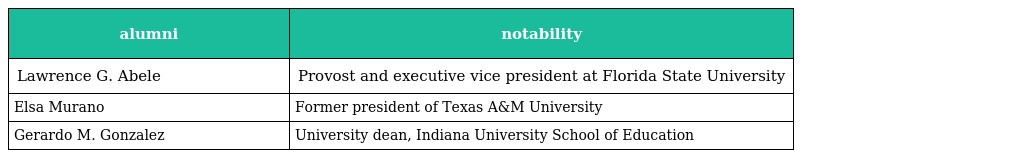
| alumni | notability |
 | --- | --- |
 | Lawrence G. Abele | Provost and executive vice president at Florida State University |
 | Elsa Murano | Former president of Texas A&M University |
 | Gerardo M. Gonzalez | University dean, Indiana University School of Education |